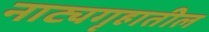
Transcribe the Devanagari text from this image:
नाट्यगृहातील